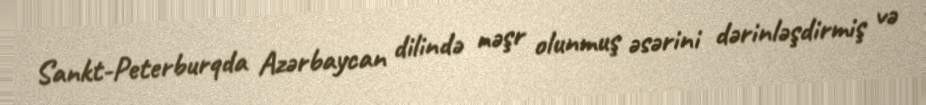
Sankt-Peterburqda Azərbaycan dilində nəşr olunmuş əsərini dərinləşdirmiş və